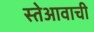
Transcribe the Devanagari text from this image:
स्तेआवाची